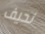
نحيف